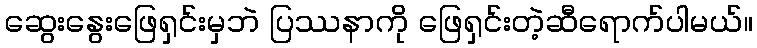
ဆွေးနွေးဖြေရှင်းမှဘဲ ပြဿနာကို ဖြေရှင်းတဲ့ဆီရောက်ပါမယ်။